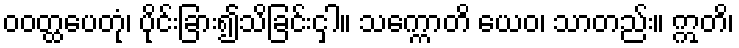
ဝဝတ္ထပေတုံ၊ ပိုင်းခြား၍သိခြင်းငှါ။ သက္ကောတိ ယေဝ၊ သာတည်း။ ဣတိ၊